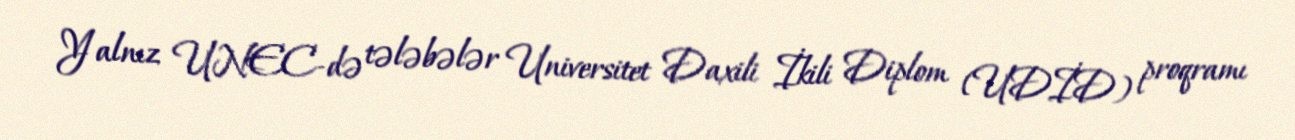
Yalnız UNEC-də tələbələr Universitet Daxili İkili Diplom (UDİD) proqramı